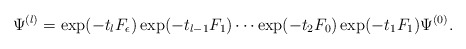
\begin{align*}\Psi^{(l)}=\exp (-t_{l}F_{\epsilon})\exp (-t_{l-1}F_{1})\cdots\exp (-t_{2}F_{0})\exp (-t_{1}F_{1}) \Psi^{(0)}.\end{align*}